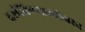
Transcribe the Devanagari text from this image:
दर्शविण्याबरोबरच